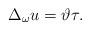
LaTeX: \begin{align*}\Delta_{\omega} u = \vartheta\tau. \end{align*}